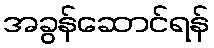
အခွန်ဆောင်ရန်